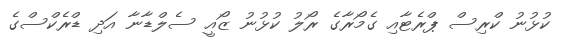
ކުޅުނު ކްރިސް ޕްރެޓާއި ގެމޯރާގެ ރޯލު ކުޅުނު ޒޯއީ ސެލްޑާނާ އަދި ޑްރެކްސްގެ